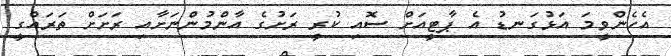
އެހެންވީމަ އަޅުގަނޑު އެ ޕާޓީއަށް ސޮއި ކުރީ ރަށުގެ އާންމުންނަށާއި ރަށަށް ތަރައްގީ